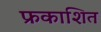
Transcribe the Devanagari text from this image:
फ्रकाशित